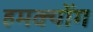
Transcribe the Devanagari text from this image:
हमक्योंग